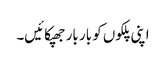
اپنی پلکوں کو بار بار جھپکائیں۔